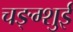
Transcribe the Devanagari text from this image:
चङ्ग्शुई